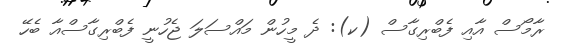
ރާމޯސް އާއި ފެބްރިގާސް (ކ): ދެ މީހުން މައްސަލަ ޖެހުނީ ފެބްރިގާސްއާ ބެހޭ